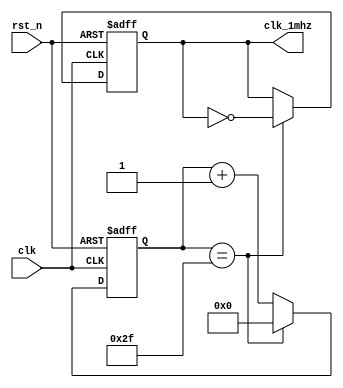
module div_time(clk,
       rst_n,
       clk_1mhz
       );


input clk;
input rst_n;
output reg clk_1mhz;


parameter delay_cnt = 48;
reg [19:0]cnt;

always @(posedge clk or negedge rst_n)
    if(!rst_n)
        cnt <= 0;
    else if(cnt == delay_cnt - 1)
        cnt <= 0;
    else 
        cnt <= cnt + 1'b1;

always @(posedge clk or negedge rst_n)
    if(!rst_n)
        clk_1mhz <= 0;
    else if(cnt == delay_cnt - 1)
        clk_1mhz <= ~clk_1mhz;
    else 
        clk_1mhz <= clk_1mhz;


endmodule